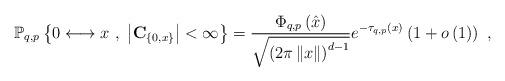
LaTeX: \begin{align*}\mathbb{P}_{q,p}\left\{ 0\longleftrightarrow x\ ,\ \left\vert \mathbf{C}_{\{0,x\}}\right\vert <\infty\right\} =\frac{\Phi_{q,p}\left( \hat{x}\right) }{\sqrt{\left( 2\pi\left\Vert x\right\Vert \right) ^{d-1}}}e^{-\tau_{q,p}\left( x\right) }\left( 1+o\left( 1\right) \right) \ ,\end{align*}